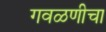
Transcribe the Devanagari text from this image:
गवळणीचा